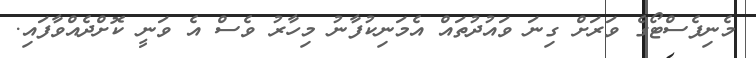
މެނިފެސްޓޯގެ ވަރަށް ގިނަ ވައުދުތައް އެމަނިކުފާނު މިހާރު ވެސް އެ ވަނީ ކޮށްދެއްވާފައި.